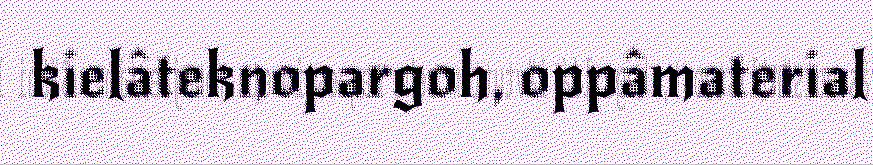
kielâteknopargoh, oppâmaterial